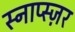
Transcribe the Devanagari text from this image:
स्नाप्स्ज़र